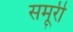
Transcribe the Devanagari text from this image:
समूरी